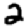
Digit: 2